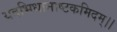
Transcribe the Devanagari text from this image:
यदभिधानाष्टकमिदम्।।